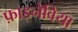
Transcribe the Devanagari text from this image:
फ़ाइनेविया